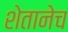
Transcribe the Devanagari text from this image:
शेतानेच